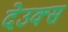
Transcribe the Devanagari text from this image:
देउक्स